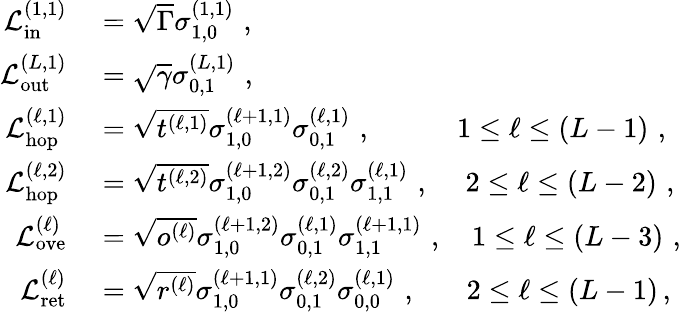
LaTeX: \begin{array}{rl}{\mathcal{L}_{\mathrm{in}}^{(1,1)}}&{{}=\sqrt{\Gamma}\sigma_{1,0}^{(1,1)}\, \, ,}\\ {\mathcal{L}_{\mathrm{out}}^{(L,1)}}&{{}=\sqrt{\gamma}\sigma_{0,1}^{(L,1)}\, \, ,}\\ {\mathcal{L}_{\mathrm{hop}}^{(\ell,1)}}&{{}=\sqrt{t^{(\ell,1)}}\sigma_{1,0}^{(\ell+1,1)}\sigma_{0,1}^{(\ell,1)}\, \, ,\ \ \ \ \ \ \ \ \ \ \ \ 1\le\ell\le\left(L-1\right)\, \, ,}\\ {\mathcal{L}_{\mathrm{hop}}^{(\ell,2)}}&{{}=\sqrt{t^{(\ell,2)}}\sigma_{1,0}^{(\ell+1,2)}\sigma_{0,1}^{(\ell,2)}\sigma_{1,1}^{(\ell,1)}\, \, ,\ \ \ \ \ 2\le\ell\le\left(L-2\right)\, \, ,}\\ {\mathcal{L}_{\mathrm{ove}}^{(\ell)}}&{{}=\sqrt{o^{(\ell)}}\sigma_{1,0}^{(\ell+1,2)}\sigma_{0,1}^{(\ell,1)}\sigma_{1,1}^{(\ell+1,1)}\, \, ,\ \ \ \ 1\le\ell\le\left(L-3\right)\, \, ,}\\ {\mathcal{L}_{\mathrm{ret}}^{(\ell)}}&{{}=\sqrt{r^{(\ell)}}\sigma_{1,0}^{(\ell+1,1)}\sigma_{0,1}^{(\ell,2)}\sigma_{0,0}^{(\ell,1)}\, \, ,\ \ \ \ \ \ \ 2\le\ell\le\left(L-1\right)\, ,}\end{array}